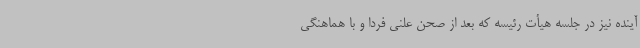
آینده نیز در جلسه هیأت رئیسه که بعد از صحن علنی فردا و با هماهنگی